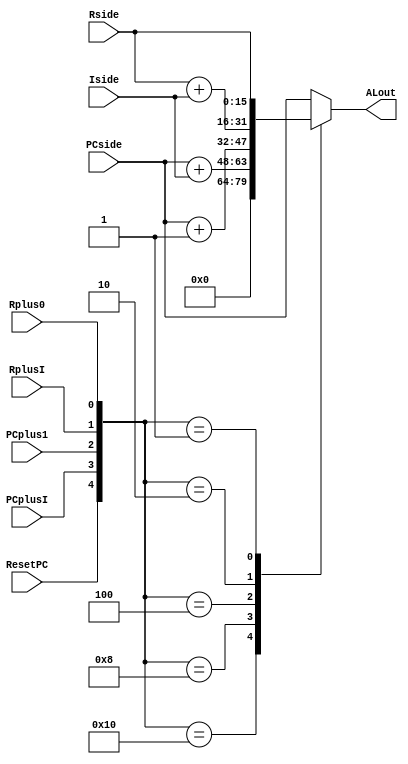
module AddressLogic (
	PCside, Rside, Iside, ALout, ResetPC, PCplusI, PCplus1, RplusI, Rplus0
);
input [15:0] PCside, Rside;
input [7:0] Iside;
input ResetPC, PCplusI, PCplus1, RplusI, Rplus0;
output [15:0] ALout;
reg [15:0] ALout;

	always @(PCside or Rside or Iside or ResetPC or PCplusI or PCplus1 or RplusI or Rplus0)
		case ({ResetPC, PCplusI, PCplus1, RplusI, Rplus0})
			5'b10000: ALout = 0;
			5'b01000: ALout = PCside + Iside;
			5'b00100: ALout = PCside + 1;
			5'b00010: ALout = Rside + Iside;
			5'b00001: ALout = Rside;
			default: ALout = PCside;
		endcase

endmodule